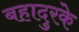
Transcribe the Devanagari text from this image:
बहादुरके